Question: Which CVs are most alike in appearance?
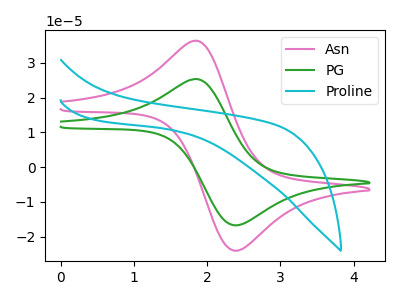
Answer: <think>The pink curve "Asn" has an anodic peak at (1.85V, 36.30uA) and a cathodic peak at (2.40V, -24.10uA). The green curve "PG" has an anodic peak at (1.85V, 25.30uA) and a cathodic peak at (2.40V, -16.80uA). The cyan curve "Proline" has no peaks.
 All the peaks in "Asn" have a peak in "PG" at the same potential. Every peak in "Asn" is higher than every peak in "PG". "Asn" and "Proline" have a different number of peaks. "PG" and "Proline" have a different number of peaks.</think>
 <answer>"Asn" and "PG" have the same shape and are likely CV's of the same chemical.</answer>
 <eval>"Asn" "PG"</eval>